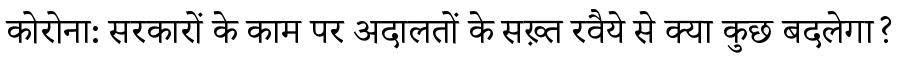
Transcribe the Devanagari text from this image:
कोरोना: सरकारों के काम पर अदालतों के सख़्त रवैये से क्या कुछ बदलेगा?